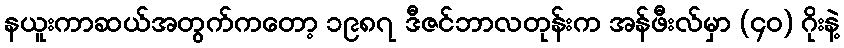
နယူးကာဆယ်အတွက်ကတော့ ၁၉၈၇ ဒီဇင်ဘာလတုန်းက အန်ဖီးလ်မှာ (၄ဝ) ဂိုးနဲ့